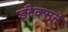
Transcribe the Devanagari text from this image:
इंटेक्सने